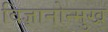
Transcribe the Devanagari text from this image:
विज्ञानोन्मुख